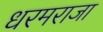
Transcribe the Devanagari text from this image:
धरमराजा